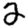
Digit: 2